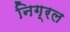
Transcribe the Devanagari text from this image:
निग्रल